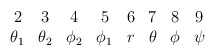
\begin{align*}\begin{array}{cccccccc} 2& 3 & 4 & 5 & 6 & 7 & 8 & 9 \\ \theta _1 & \theta _2 & \phi _2 & \phi _1 & r & \theta & \phi & \psi \end{array} \end{align*}